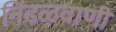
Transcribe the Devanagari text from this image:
निढळवाणी